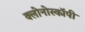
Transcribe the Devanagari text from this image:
क्लोनोस्कॉपी